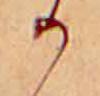
か